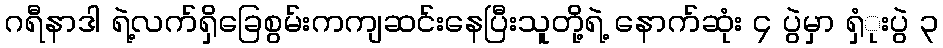
ဂရီနာဒါ ရဲ့လက်ရှိခြေစွမ်းကကျဆင်းနေပြီးသူတို့ရဲ့ နောက်ဆုံး ၄ ပွဲမှာ ရှံုးပွဲ ၃